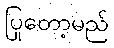
ပြုတော့မည်